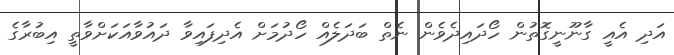
އަދި އެއީ ގާނޫނީގޮތުން ހޯދައިދެވެން ނެތް ބަދަލެއް ހޯދުމަށް އެދިފައިވާ ދައުވާއަކަށްވާތީ އިބުރާގެ